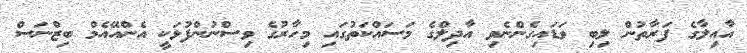
އާއިލާގެ ފަރާތުން ލިބި ވަޑައިގެންނެވި އާދިލްގެ މަސައްކަތުގައި މިހާރުގެ ވިސްނުންފުޅަކީ އެންއޭއެމް ބިޒްނަސް